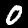
Digit: 0